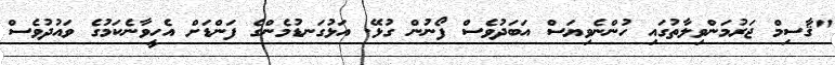
"ޤާސިމް ޖަރުމަންވިލާތުގައި ހުންނެވިޔަސް އަބަދުވެސް ފޯނުން ގުޅޭ. އަޅުގަނޑުމެންގެ ފަންޑަށް އެހީވާނެކަމުގެ ވައުދުވެސް